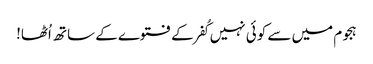
ہجوم میں سے کوئی نہیں کُفر کے فتوے کے ساتھ اُٹھا!